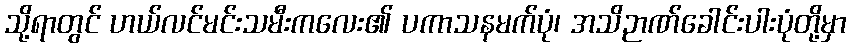
သို့ရာတွင် ဟယ်လင်မင်းသမီးကလေး၏ ပကာသနမက်ပုံ၊ အသိဉာဏ်ခေါင်းပါးပုံတို့မှာ